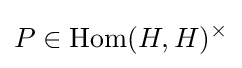
P\in \operatorname {Hom} (H,H)^{\times }